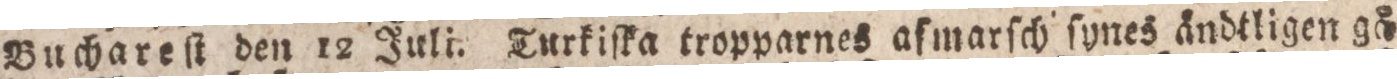
Buchareſt den 12 Juli. Turkiſka tropparnes aſmarſch ſynes åndtligen gå